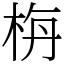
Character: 栴